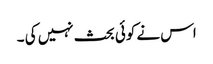
اس نے کوئی بحث نہیں کی ۔